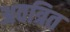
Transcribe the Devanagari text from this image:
अवत्रित